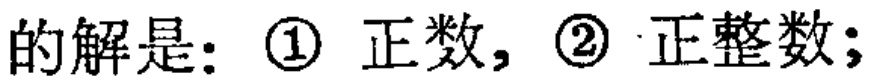
的解是：\textcircled{1} 正数, \textcircled{2} 正整数;